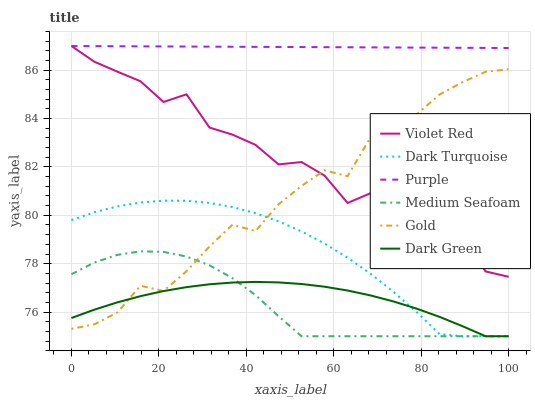
| xaxis_label | Violet Red | Dark Turquoise | Purple | Medium Seafoam | Gold | Dark Green |
 | --- | --- | --- | --- | --- | --- | --- |
 | 0 | 87 | 79.8 | 87 | 77.6 | 75.3 | 75.8 |
 | 5.26 | 86.3 | 80.1 | 87 | 78 | 75.5 | 76.1 |
 | 10.5 | 85.9 | 80.4 | 87 | 78.4 | 76 | 76.4 |
 | 15.8 | 85.5 | 80.5 | 87 | 78.5 | 77.1 | 76.7 |
 | 21.1 | 84.7 | 80.6 | 87 | 78.5 | 76.9 | 76.9 |
 | 26.3 | 85 | 80.6 | 87 | 78.3 | 77.7 | 77 |
 | 31.6 | 83.6 | 80.5 | 87 | 77.9 | 78.7 | 77.1 |
 | 36.8 | 83.3 | 80.3 | 87 | 77.4 | 79.6 | 77.2 |
 | 42.1 | 82.9 | 80.1 | 87 | 76.7 | 79.3 | 77.2 |
 | 47.4 | 82.1 | 79.8 | 87 | 75.8 | 80.5 | 77.2 |
 | 52.6 | 82.2 | 79.3 | 87 | 75 | 81.2 | 77.2 |
 | 57.9 | 81.6 | 78.8 | 87 | 75 | 81.9 | 77 |
 | 63.2 | 80.5 | 78.2 | 86.9 | 75 | 81.6 | 76.9 |
 | 68.4 | 80.9 | 77.6 | 86.9 | 75 | 83.2 | 76.7 |
 | 73.7 | 80.2 | 76.8 | 86.9 | 75 | 83.7 | 76.4 |
 | 78.9 | 79.2 | 76 | 86.9 | 75 | 84.2 | 76.1 |
 | 84.2 | 78.9 | 75.1 | 86.9 | 75 | 85 | 75.8 |
 | 89.5 | 79 | 75 | 86.9 | 75 | 85.5 | 75.4 |
 | 94.7 | 77.7 | 75 | 86.9 | 75 | 85.9 | 75 |
 | 100 | 77.5 | 75 | 86.9 | 75 | 86 | 75 |